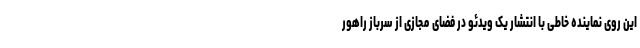
این روی نماینده خاطی با انتشار یک ویدئو در فضای مجازی از سرباز راهور